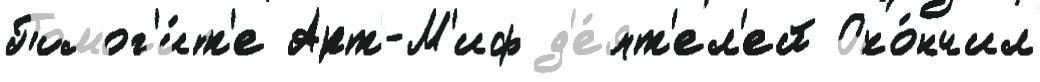
Помог'и́т'е Арт-М'иф д'е́ят'ел'ей Око́нчил